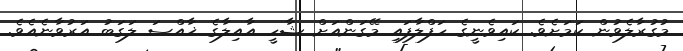
މުގުރާލެވުން ކަމަށެވެ. ކައިވެނީގެ ހަފްލާފައި މޭގަންއަށް ޝާހީ އާއިލާގެ ޚާއްސަ ލަގަބު އަރުވާނެއެވެ.